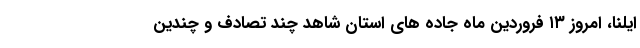
ایلنا، امروز ۱۳ فروردین ماه جاده های استان شاهد چند تصادف و چندین